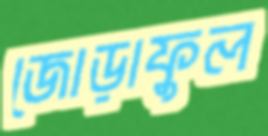
জোড়াফুল